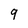
Character: 9